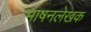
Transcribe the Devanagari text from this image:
भाषनलेखक